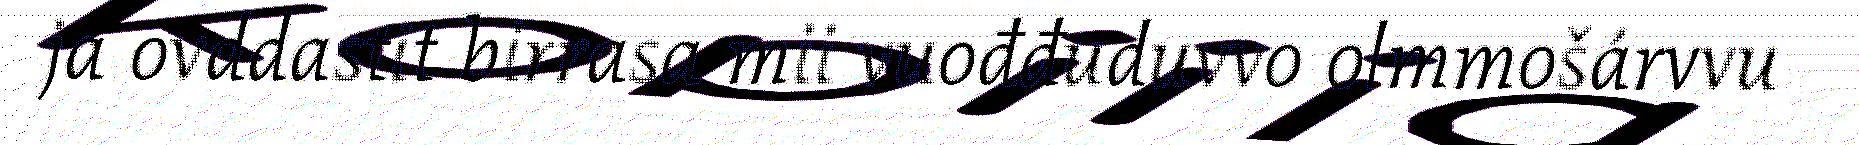
ja ovddastit birrasa mii vuođđuduvvo olmmošárvvu